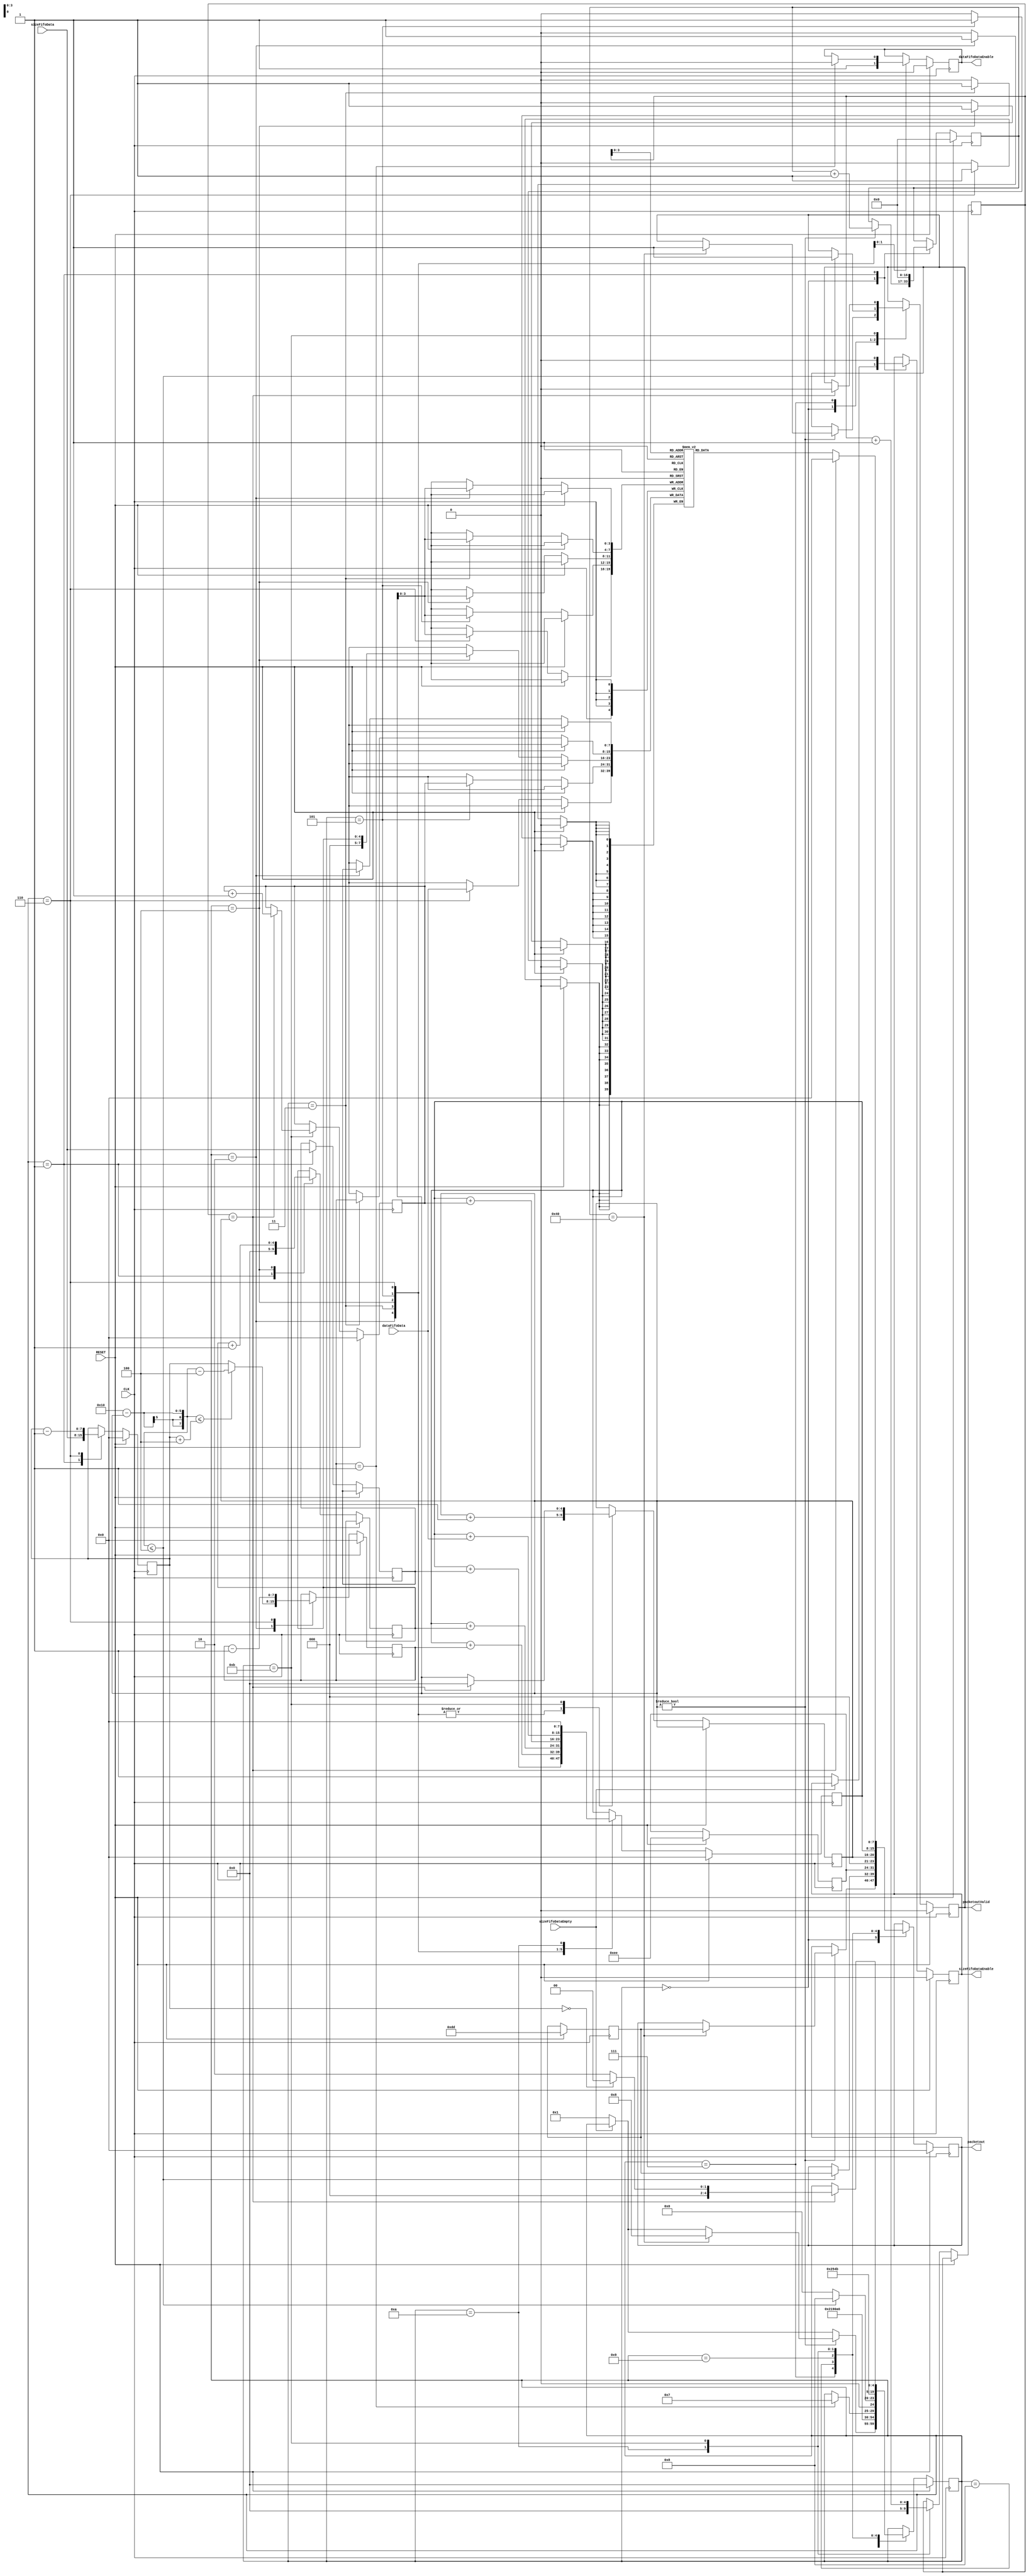

module repacketizer
  #( parameter MAXPACKET = 16,
     parameter DEST_PORT_NUMBER = 8'hdd,
     parameter SRC_PORT_NUMBER = 8'hee,
     parameter NAGLE_COUNTER = 16'h40 )
  ( CLK, RESET,
    dataFifoData, dataFifoDataEnable,
    sizeFifoData, sizeFifoDataEnable, sizeFifoDataEmpty,
    packetout, packetoutValid );

   input             CLK;
   input             RESET;
   input [7:0]       dataFifoData;
   output reg        dataFifoDataEnable = 0;
   input [7:0]       sizeFifoData;
   output reg        sizeFifoDataEnable = 0;
   input             sizeFifoDataEmpty;

   output reg [7:0]  packetout;
   output reg        packetoutValid;

   reg [4:0]         state = 0;
   reg [7:0]         packetremaining = 0;
   wire [7:0]        remainingSpace;

   // packet layout (4 byte header, 16 bytes of payload):
   //    dest src len csum   <piece bytes>
   //  layout:
   //    totlen thislen piece# seq#

   reg [7:0]         pkthdr_dest;
   reg [7:0]         pkthdr_src;
   reg [7:0]         pkthdr_len;
   reg [7:0]         pkthdr_csum;
   reg [7:0]         packetbuild [0:MAXPACKET-1];
   reg [4:0]         inpos = 0;
   reg [4:0]         outpos = 0;
   reg [7:0]         totlen = 0;
   reg [7:0]         thislen = 0;
   reg [4:0]         pieceno = 0;
   reg [7:0]         seqno = 0;
   reg [16:0]        nagle = 0;

   assign remainingSpace = MAXPACKET - inpos;

   always @(posedge CLK) begin
      if (RESET) begin
         dataFifoDataEnable <= 0;
         sizeFifoDataEnable <= 0;
         state <= 0;
         packetremaining <= 0;
         thislen <= 0;
         pkthdr_dest <= DEST_PORT_NUMBER;
         pkthdr_src  <= SRC_PORT_NUMBER;
         pkthdr_csum <= 8'b0;
         seqno <= 8'b0;
         packetout <= 8'b0;
         packetoutValid <= 0;
         nagle <= 0;
      end else begin
         case (state)

           // size fifo is empty
           0: begin
              if (sizeFifoDataEmpty == 0) begin
                 sizeFifoDataEnable <= 1;
                 state <= 1;
              end
              if (inpos != 0) begin
                 nagle <= nagle + 1;
                 if (nagle == NAGLE_COUNTER) begin
                    // might as well send it.
                    packetoutValid <= 1;
                    // start with dest
                    packetout <= pkthdr_dest;
                    state <= 8;
                 end
              end
           end

           // fetching size from size fifo
           1: begin
              sizeFifoDataEnable <= 0;
              packetremaining <= sizeFifoData;
              totlen <= sizeFifoData;
              pieceno <= 0;
              state <= 2;
              nagle <= 0;
           end

           // check size and start generating a header.
           2: begin
              if (remainingSpace <= (packetremaining + 4)) begin
                 thislen <= remainingSpace - 4;
              end else begin
                 thislen <= packetremaining;
              end
              // send totlen
              packetbuild[inpos] <= totlen;
              pkthdr_csum <= pkthdr_csum + totlen;
              inpos <= inpos + 1;
              state <= 3;
           end

           // enqueue thislen
           3: begin
              packetbuild[inpos] <= thislen;
              pkthdr_csum <= pkthdr_csum + thislen;
              inpos <= inpos + 1;
              state <= 4;
           end

           // enqueue pieceno
           4: begin
              packetbuild[inpos] <= pieceno;
              pkthdr_csum <= pkthdr_csum + pieceno;
              pieceno <= pieceno + 1;
              inpos <= inpos + 1;
              state <= 5;
           end

           // enqueue seqno
           5: begin
              packetbuild[inpos] <= seqno;
              pkthdr_csum <= pkthdr_csum + seqno;
              inpos <= inpos + 1;
              state <= 6;
              dataFifoDataEnable <= 1;
           end

           // now start adding data
           6: begin
              packetbuild[inpos] <= dataFifoData;
              pkthdr_csum <= pkthdr_csum + dataFifoData;
              inpos <= inpos + 1;
              thislen <= thislen - 1;
              packetremaining <= packetremaining - 1;
              if (thislen == 1) begin
                 dataFifoDataEnable <= 0;
                 state <= 7;
              end
           end

           // piece is added, now what?
           7: begin
              if (remainingSpace <= 4) begin
                 // might as well send it.
                 packetoutValid <= 1;
                 // start with dest
                 packetout <= pkthdr_dest;
                 state <= 8;
              end else begin
                 // collect some more before sending
                 state <= 0;
              end
           end

           // send src
           8: begin
              packetout <= pkthdr_src;
              state <= 9;
           end

           // send pkt len
           9: begin
              packetout <= inpos;
              state <= 10;
           end

           // send csum
           10: begin
              packetout <= pkthdr_csum;
              pkthdr_csum <= 0;
              outpos <= 0;
              state <= 11;
           end

           // send packet
           11: begin
              packetout <= packetbuild[outpos];
              outpos <= outpos + 1;
              if (outpos == inpos) begin
                 packetout <= 8'b0;
                 packetoutValid <= 0;
                 inpos <= 0;
                 seqno <= seqno + 1;
                 if (packetremaining == 0) begin
                    state <= 0;
                 end else begin
                    state <= 2;
                 end
              end
           end

         endcase
      end
   end

endmodule // repacketizer